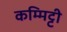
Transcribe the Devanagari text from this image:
कम्मिट्टी